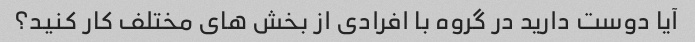
آیا دوست دارید در گروه با افرادی از بخش های مختلف کار کنید؟